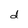
Character: d